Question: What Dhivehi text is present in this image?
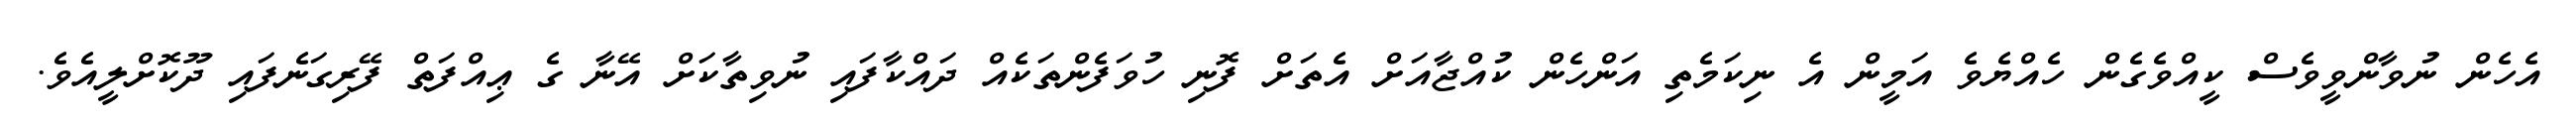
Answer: އެހެން ނުވާންވީވެސް ކީއްވެގެން ހެއްޔެވެ އަމީން އެ ނިކަމެތި އަންހެން ކުއްޖާއަށް އެތަށް ފޮނި ހުވަފެންތަކެއް ދައްކާފައި ނުވިތާކަށް އޭނާ ގެ ޢިއްފަތް ފޭރިގަނެފައި ދޫކޮށްލީއެވެ.